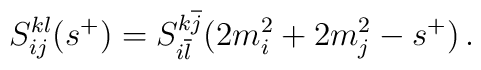
S^{kl}_{ij}(s^{+})=S^{k\overline{j}}_{i\overline{l}}(2m_{i}^{2}+2m_{j}^{2}-s^{+})\, .